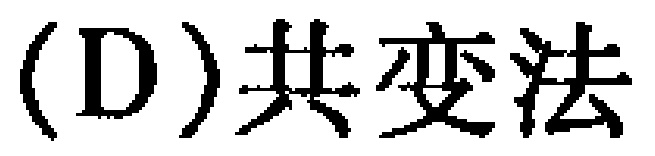
(D)共变法